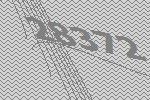
28372